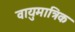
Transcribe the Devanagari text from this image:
वायुमात्रिक